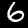
Label: 6